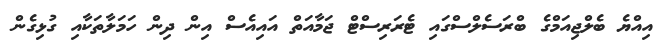
އިއްޔެ ބެލްޖިއަމްގެ ބްރަސެލްސްގައި ޓެރަރިސްޓް ޖަމާއަތް އައިއެސް އިން ދިން ހަމަލާތަކާއި ގުޅިގެން